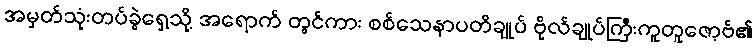
အမှတ်သုံးတပ်ခွဲရှေ့သို့ အရောက် တွင်ကား စစ်သေနာပတိချုပ် ဗိုလ်ချုပ်ကြီးကူတူဇော့ဗ်၏